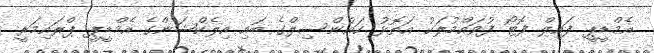
އެމްޑީޕީ ފައިލް ފޮޓޯ ފުވައްމުލަކު އަތޮޅު ކައުންސިލްގެ ބައި އިލެކްޝަންގެ އެމްޑީޕީ ޕްރައިމަރީ